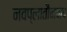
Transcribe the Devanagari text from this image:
नवप्लातौनवाद